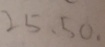
2 5 , 5 0 .